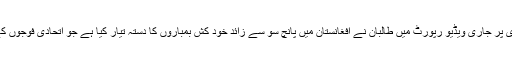
ادہر ایک اور عرب ٹی وی پر جاری ویڈیو رپورٹ میں طالبان نے افغانستان میں پانچ سو سے زائد خود کش بمباروں کا دستہ تیار کیا ہے جو اتحادی فوجوں کے خلاف حملے کرے گا۔